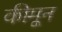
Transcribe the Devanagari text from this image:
कीमून